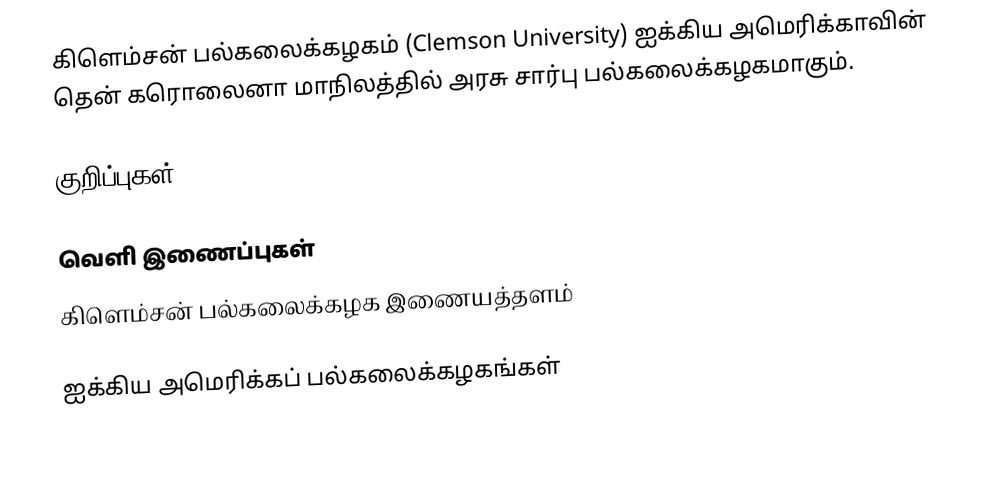
கிளெம்சன் பல்கலைக்கழகம் (Clemson University) ஐக்கிய அமெரிக்காவின் தென் கரொலைனா மாநிலத்தில் அரசு சார்பு பல்கலைக்கழகமாகும்.

குறிப்புகள்

வெளி இணைப்புகள்
கிளெம்சன் பல்கலைக்கழக இணையத்தளம்

ஐக்கிய அமெரிக்கப் பல்கலைக்கழகங்கள்